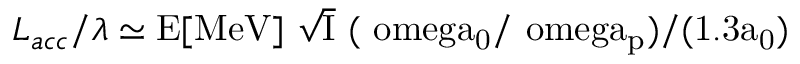
L _ { a c c } / \lambda \simeq \mathrm { { E [ M e V ] } ~ \sqrt { I } ~ ( \ o m e g a _ { 0 } / \ o m e g a _ { p } ) / ( 1 . 3 a _ { 0 } ) }